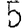
Digit: 5